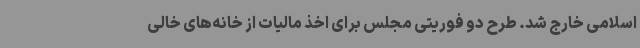
اسلامی خارج شد. طرح دو فوریتی مجلس برای اخذ مالیات از خانه‌های خالی